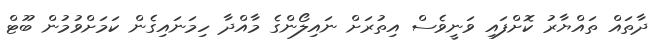
ދާތައް ތައްޔާރު ކޮށްފައި ވަނީވެސް އިތުރަށް ނައިލޯންގެ މާއްދާ ހިމަނައިގެން ކަމަށްވުމުން ބޫޓް